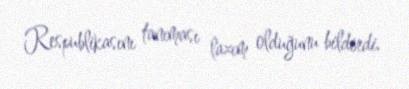
Respublikasını tanıması lazım olduğunu bildirdi.